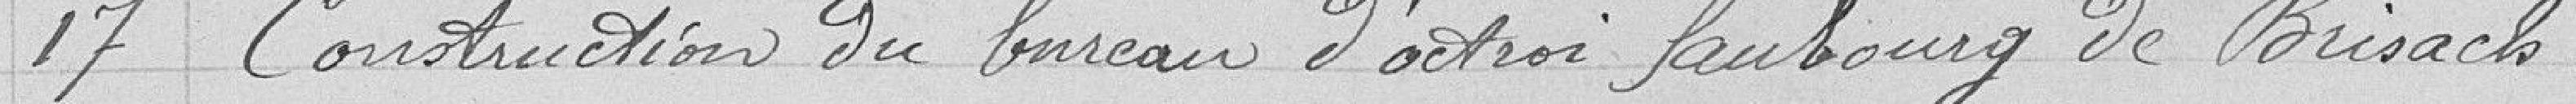
17 Construction du bureau d'octroi faubourg de Brisach